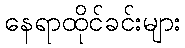
နေရာထိုင်ခင်းများ